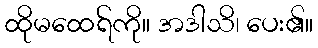
ထိုမထေရ်ကို။ အဒါသိ၊ ပေး၏။